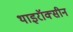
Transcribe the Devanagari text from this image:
थाइरॉक्सीन